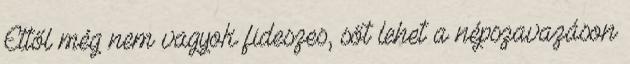
Ettől még nem vagyok fideszes, sőt lehet a népszavazáson